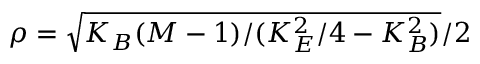
\rho = \sqrt { K _ { B } ( M - 1 ) / ( K _ { E } ^ { 2 } / 4 - K _ { B } ^ { 2 } ) } / 2